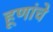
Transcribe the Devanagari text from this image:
हूणांचे